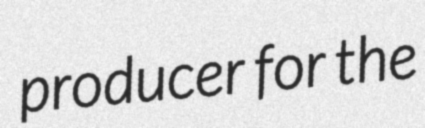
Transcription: producer for the